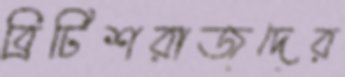
ব্রিটিশরাজদের